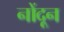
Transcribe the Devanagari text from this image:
नोंदून